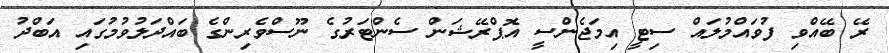
ރޭ ބޭއްވި ފުވައްމުލައް ސިޓީ އިމަޖެންސީ އޮޕްރޭޝަން ސެންޓަރުގެ ނޫސްވެރިންގެ ބައްދަލުވުމުގައި އަބްދު